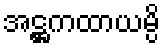
အဋ္ဌကထာယမ္ပိ